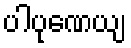
ပါပုဏေယျ